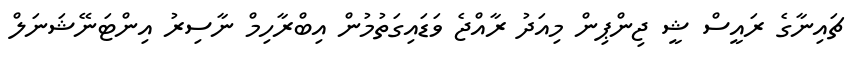
ޗައިނާގެ ރައީސް ޝީ ޖިންޕިން މިއަދު ރާއްޖެ ވަޑައިގަތުމުން އިބްރާހިމް ނާސިރު އިންޓަނޭޝަނަލް